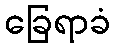
ခြေရာခံ